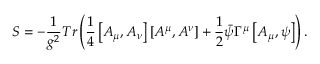
S = - \frac { 1 } { g ^ { 2 } } T r \left( \frac { 1 } { 4 } \left[ A _ { \mu } , A _ { \nu } \right] \left[ A ^ { \mu } , A ^ { \nu } \right] + \frac { 1 } { 2 } \bar { \psi } \Gamma ^ { \mu } \left[ A _ { \mu } , \psi \right] \right) .